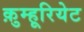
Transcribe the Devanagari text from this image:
क़ुम्हूरियेट